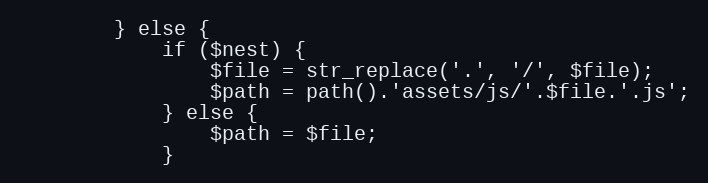
Language: PHP
        } else {
            if ($nest) {
                $file = str_replace('.', '/', $file);
                $path = path().'assets/js/'.$file.'.js';
            } else {
                $path = $file;
            }